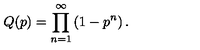
Q ( p ) = \prod _ { n = 1 } ^ { \infty } \left( 1 - p ^ { n } \right) .